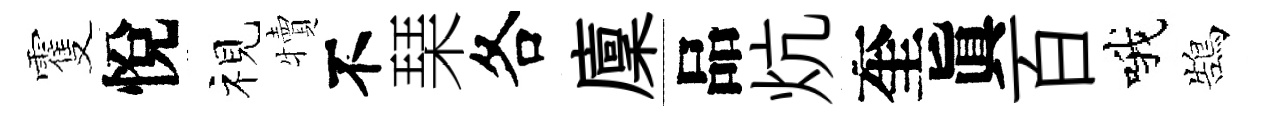
䨥悅视犢不琹各廩品炕奎眞百哦鵠